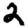
Digit: 2